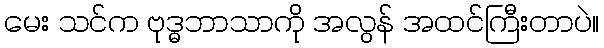
မေး သင်က ဗုဒ္ဓဘာသာကို အလွန် အထင်ကြီးတာပဲ။